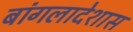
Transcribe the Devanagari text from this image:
बांगलादेशास